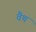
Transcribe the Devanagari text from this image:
वैथ